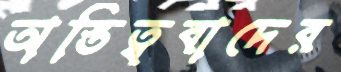
অস্তিত্ববাদের